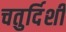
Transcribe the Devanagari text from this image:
चतुर्दिशी